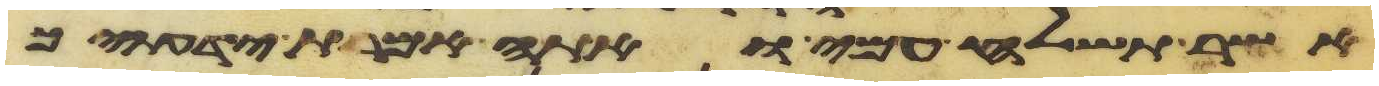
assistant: אשר תשלח עמי ואתה אמרת ידעתיך